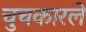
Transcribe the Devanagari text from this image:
चुचकारले